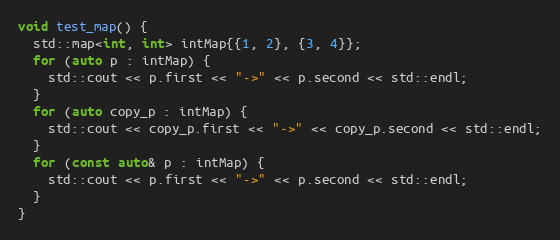
Language: C++
void test_map() {
  std::map<int, int> intMap{{1, 2}, {3, 4}};
  for (auto p : intMap) {
    std::cout << p.first << "->" << p.second << std::endl;
  }
  for (auto copy_p : intMap) {
    std::cout << copy_p.first << "->" << copy_p.second << std::endl;
  }
  for (const auto& p : intMap) {
    std::cout << p.first << "->" << p.second << std::endl;
  }
}